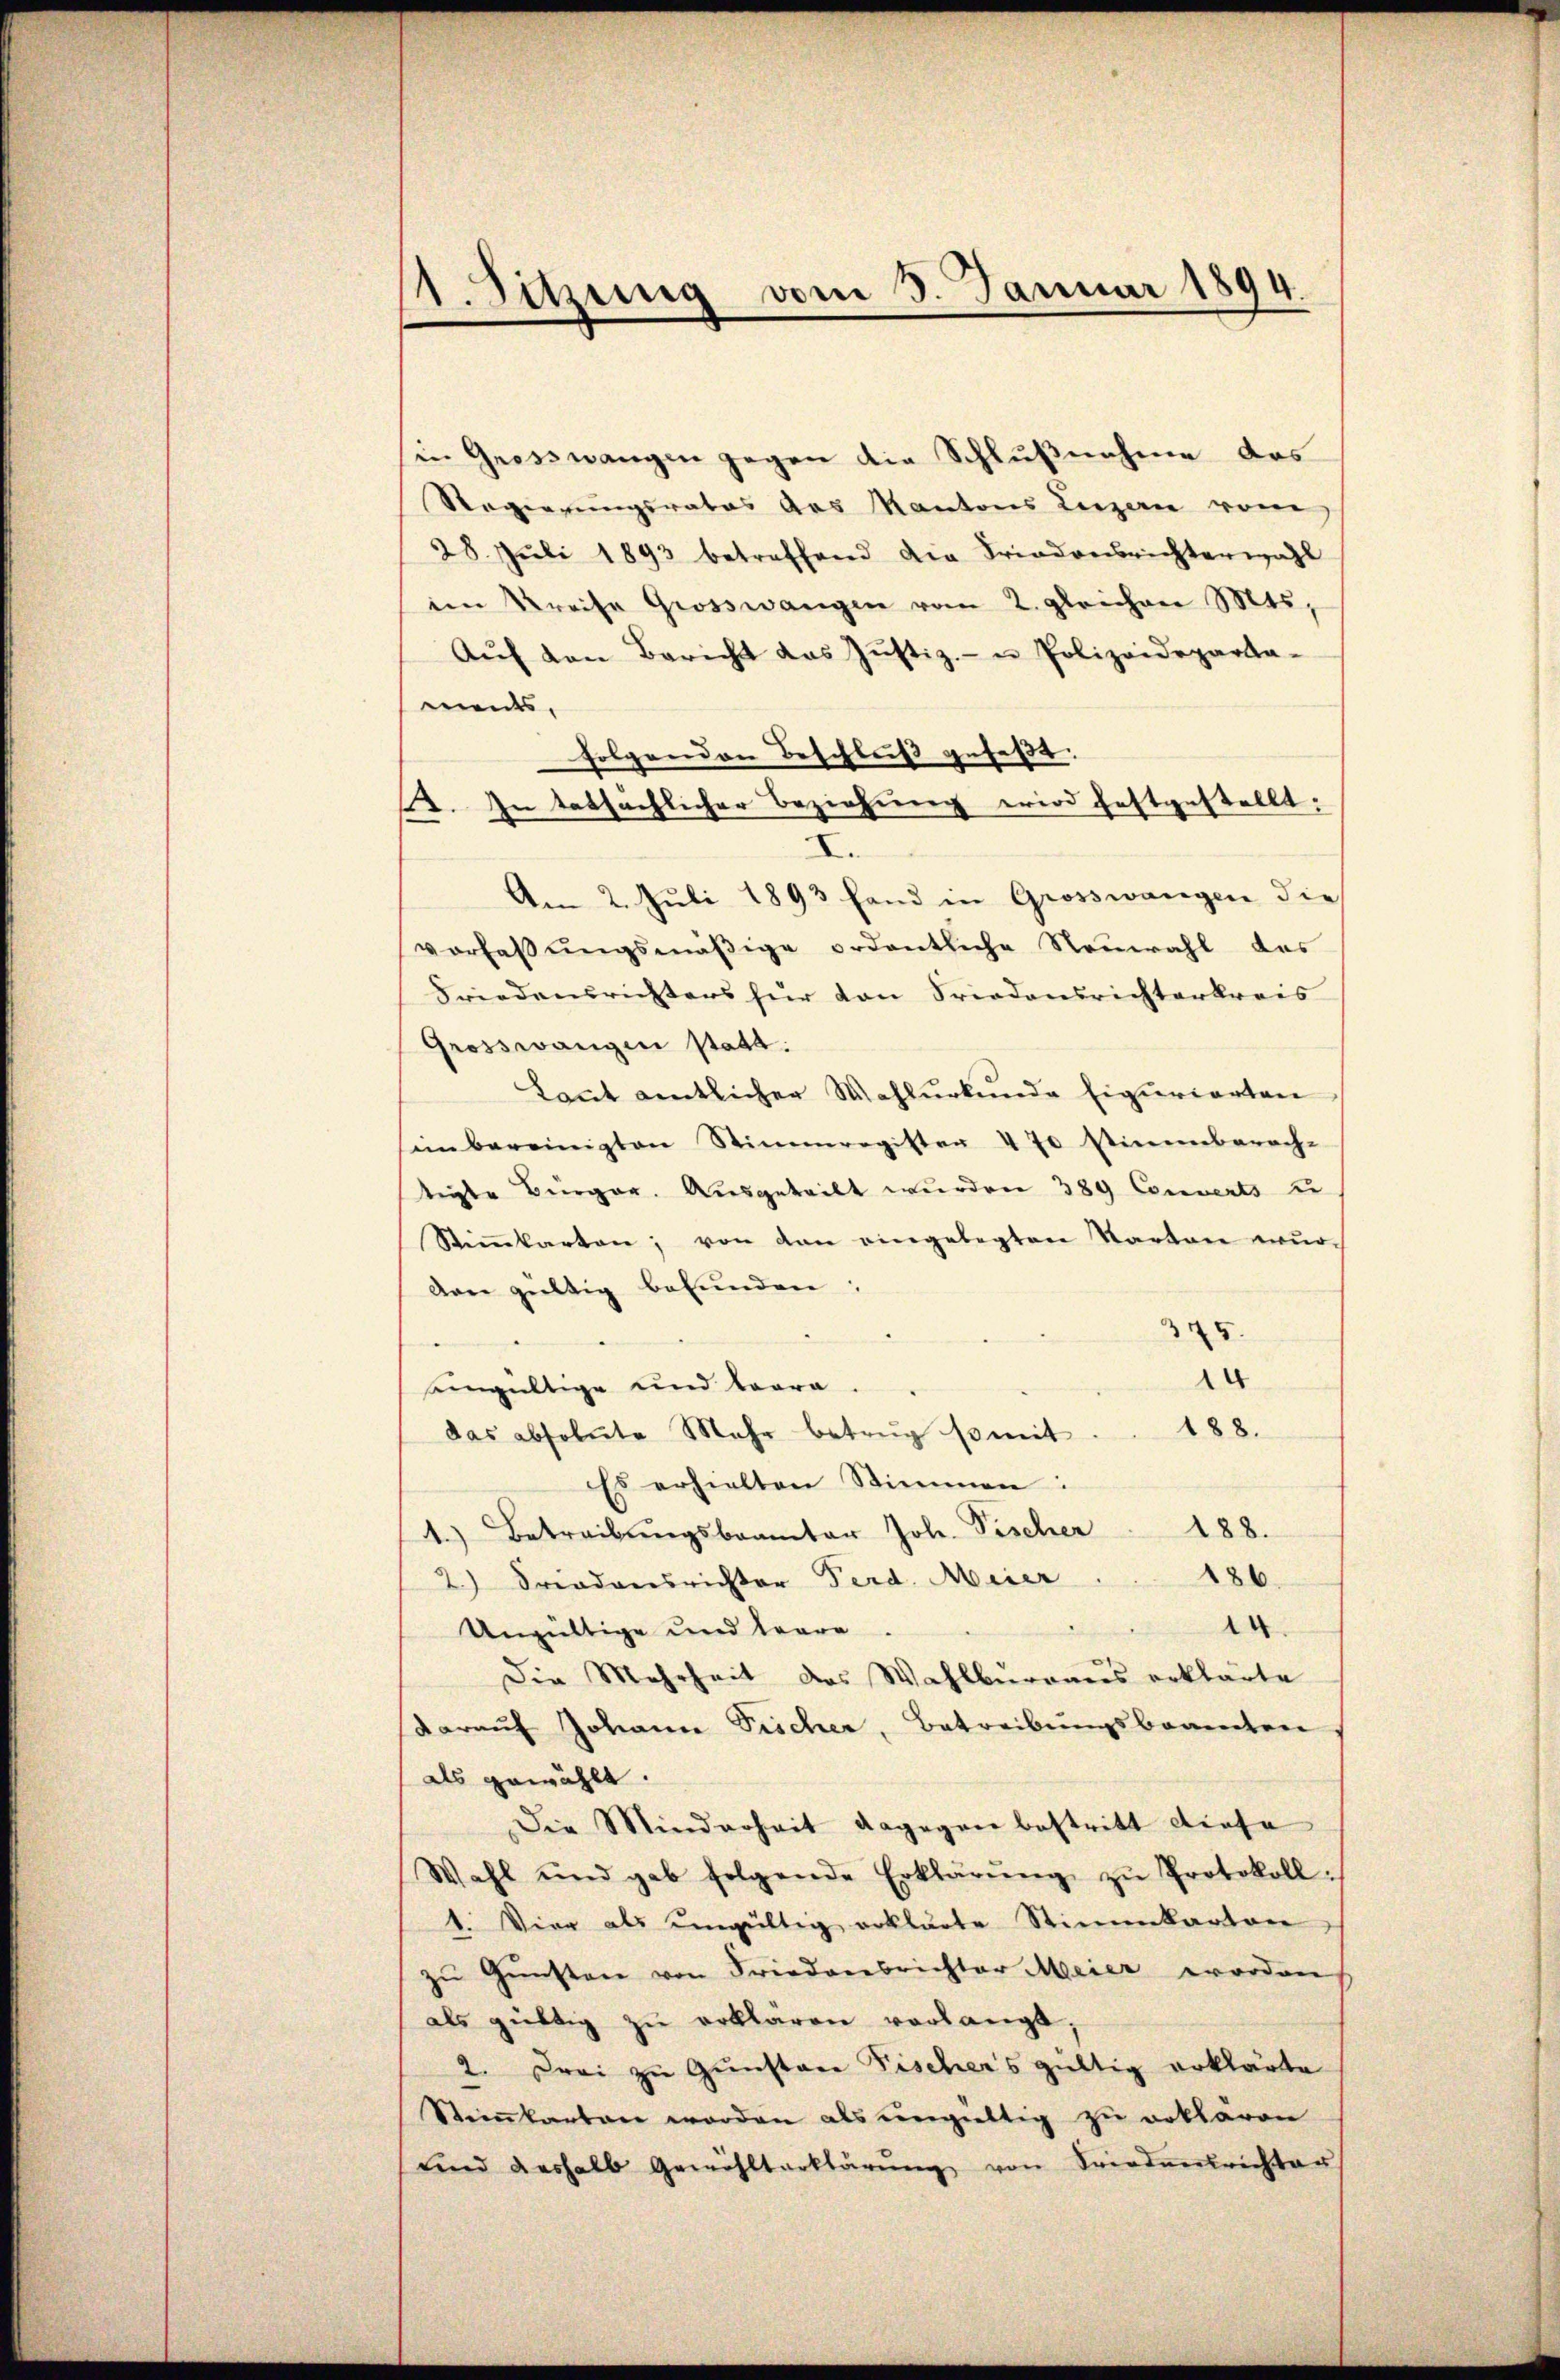
1. Sitzung vom 3. Januar 1894.

in Grosswangen gegen die Schlußnahme das
Regierungsrates des Kantons Luzern vom
28. Jŭli 1893 betreffend die Friedensrichterwahl
im Kreise Grosswangen vom 2. gleichen Mts.,
Aŭf den Bericht das Justiz- u Polizeideparta-
ments,
folgenden Beschluß gefaßt.
2. In tatsächlicher Beziehung wird festgestellt:
I
Am 2. Juli 1893 hand in Grosswangen die
vorhaβŭngsmäβige ordentliche Neuwahl das
Friedensrichters für von Friedensrichterkreis
Grosswangen statt:
Laut amtlicher Wahlurkunde Eigurierten
ein bereinigten Stimmregister 470 Stimmberech-
tigte Bürger. Ausgeteilt wurden 389 Converts u
Stiṁkarten; von den eingelegten Karten wŭr
Aen gültig befunden;
345.
1
seingültige und Baara.
das absolute Mehr betrug somit . . 188.
Es erhielten Stimmen:
4.) Betreibŭngsbeamter Joh. Fischer 188.
186
2) Friedensrichter Ferd. Meier
4
Ungültige und trare.
Die Mehrheit des Wahlburgaus erklärte
darauf Johann Tischer, Betreibungsbeamten
als gewählt.
Die Minderheit dagegen bestritt diese
Wahl und gab folgende Erklärŭng zŭ Protokoll.
1. Vier als ungültig erklärte Stimmbarten
zŭ Gŭnsten von Friedensrichter Meier worden
als gültig zŭ erklären vorlangt,
2. Frei zu Gunstanz Fischers gültig erklärte
Stickarten worden als ungültig zu erklären
ŭnd deshalb Gewählterklärŭng von Friedensrichter